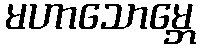
မဟာသောမ္ဘေ